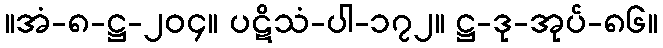
။အံ-၈-ဋ္ဌ-၂၀၄။ ပဋိသံ-ပါ-၁၇၂။ ဋ္ဌ-ဒု-အုပ်-၈၆။